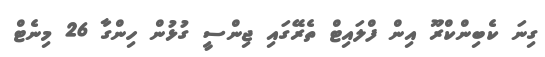
ގިނަ ކެބިންކްރޫ އިން ފްލައިޓް ތެރޭގައި ޖިންސީ ގުޅުން ހިންގާ 26 މިނެޓް